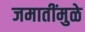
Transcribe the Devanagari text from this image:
जमातींमुळे